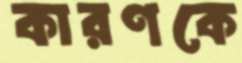
কারণকে